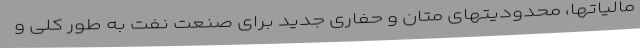
مالیاتها، محدودیتهای متان و حفاری جدید برای صنعت نفت به طور کلی و